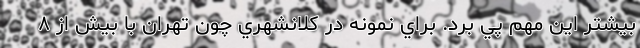
بيشتر اين مهم پي برد. براي نمونه در كلانشهري چون تهران با بيش از ۸